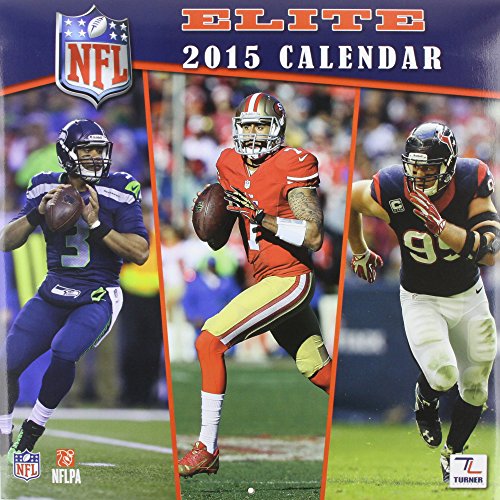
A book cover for NFL Elite 2015 Calendar; Calendars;